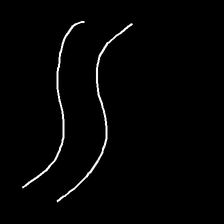
Glyph: float